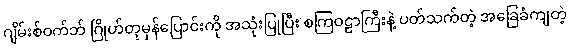
ဂျိမ်းစ်ဝက်ဘ် ဂြိုဟ်တုမှန်ပြောင်းကို အသုံးပြုပြီး စကြဝဠာကြီးနဲ့ ပတ်သက်တဲ့ အခြေခံကျတဲ့